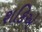
શકિએ